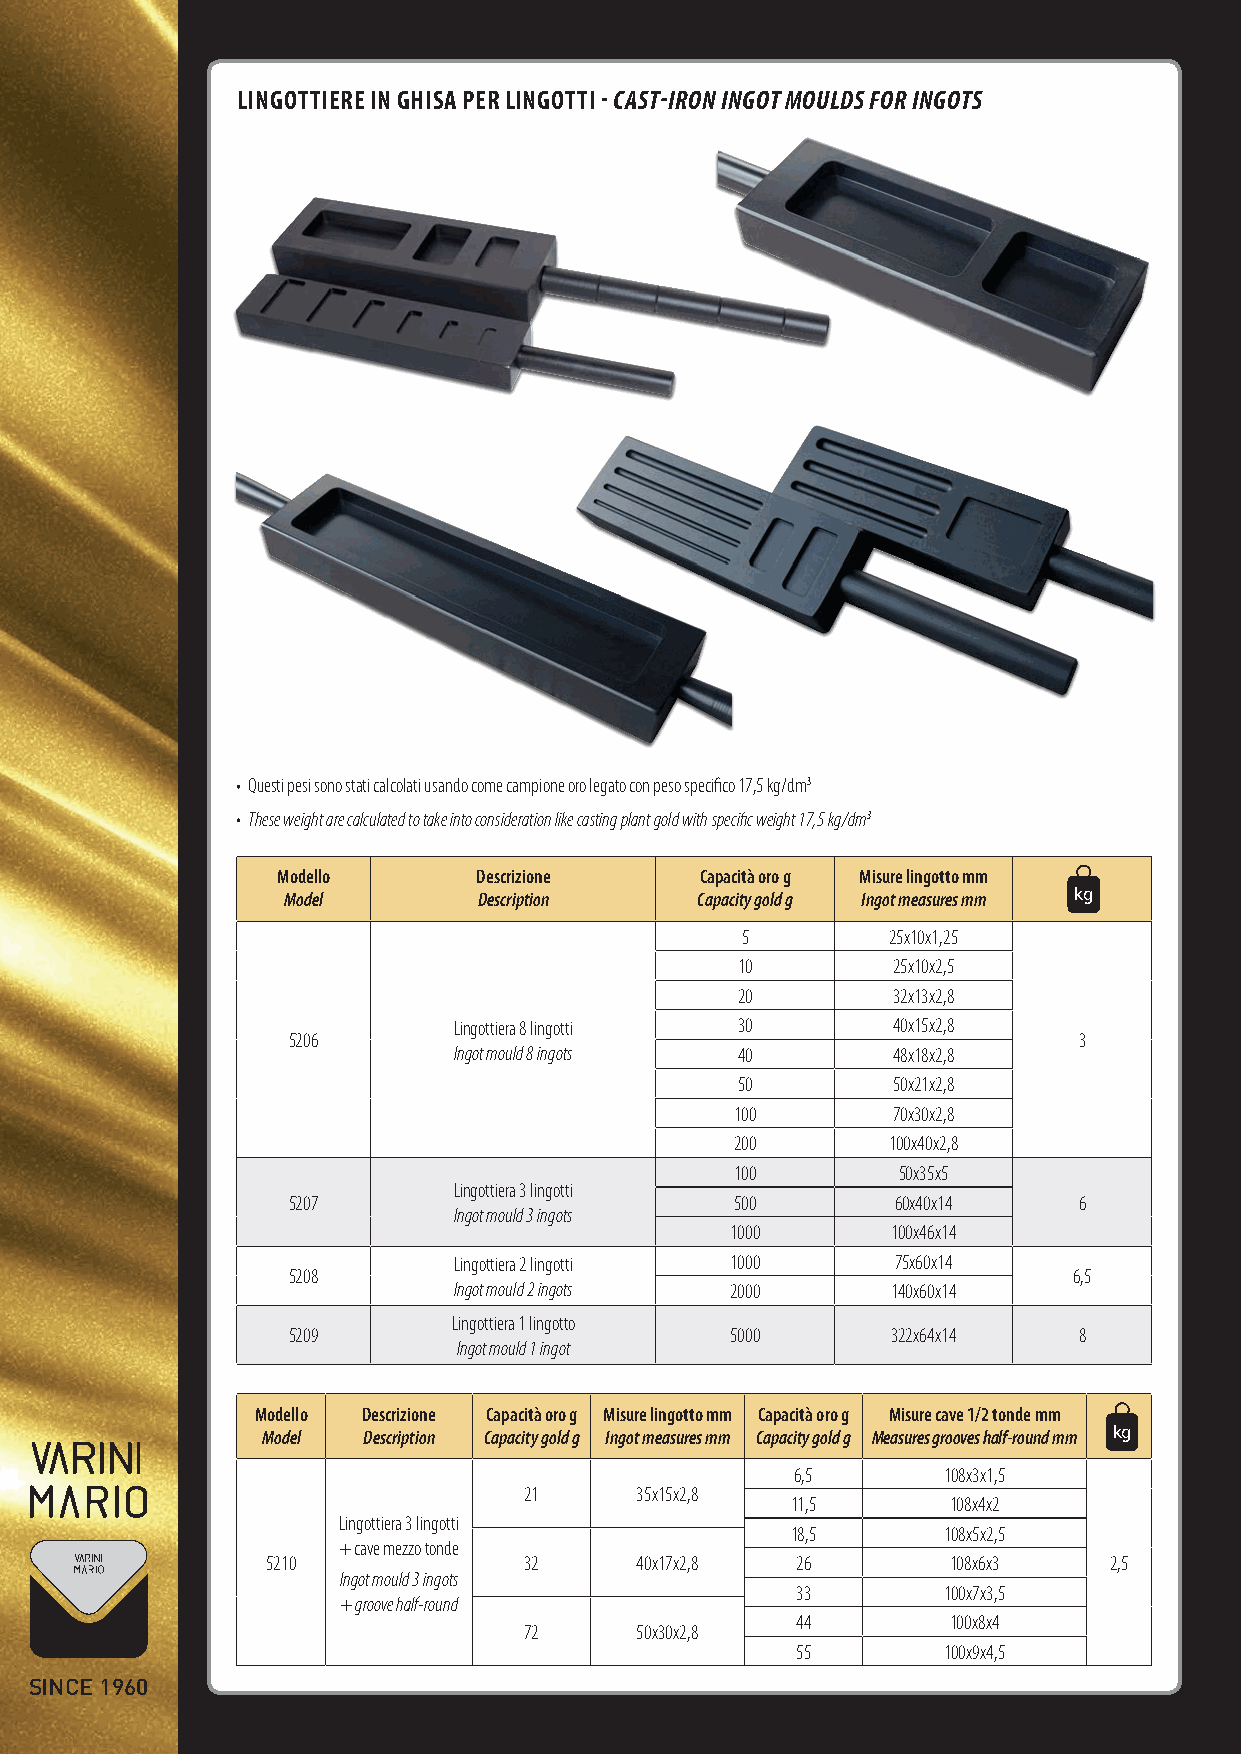
LINGOTTIERE IN GhISA pER LINGOTTI - CAST-IRON INGOT MOULDS FOR INGOTS
 • Questi pesi sono stati calcolati usando come campione oro legato con peso specifico 17,5 kg/dm3
 • These weight are calculated to take into consideration like casting plant gold with specific weight 17,5 kg/dm3
 Modello       Descrizione   Capacità oro g Misure lingotto mm BH
 Model        Description   Capacity gold g Ingot measures mm A kg
 cm
 5         25x10x1,25
 10        25x10x2,5
 20        32x13x2,8
 Lingottiera 8 lingotti 30    40x15x2,8
 5206                                                 3
 Ingot mould 8 ingots 40      48x18x2,8
 50        50x21x2,8
 100       70x30x2,8
 200       100x40x2,8
 100        50x35x5
 Lingottiera 3 lingotti
 5207                          500       60x40x14     6
 Ingot mould 3 ingots
 1000       100x46x14
 Lingottiera 2 lingotti 1000  75x60x14
 5208                                                6,5
 Ingot mould 2 ingots 2000    140x60x14
 Lingottiera 1 lingotto
 5209                         5000       322x64x14    8
 Ingot mould 1 ingot
 Modello Descrizione Capacità oro g Misure lingotto mm Capacità oro g Misure cave 1/2 tonde mm BH
 Model  Description Capacity gold g Ingot measures mm Capacity gold g Measures grooves half-rouA nd mm kg
 cm
 6,5       108x3x1,5
 21     35x15x2,8
 11,5       108x4x2
 Lingottiera 3 lingotti
 18,5       108x5x2,5
 + cave mezzo tonde
 5210             32     40x17x2,8  26        108x6x3    2,5
 Ingot mould 3 ingots
 33        100x7x3,5
 + groove half-round
 44        100x8x4
 72     50x30x2,8
 55        100x9x4,5
 SINCE 1960
 Varini_catalogo_def2.indd 26                                           18/06/12 15:26